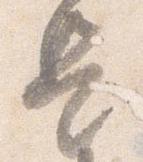
是